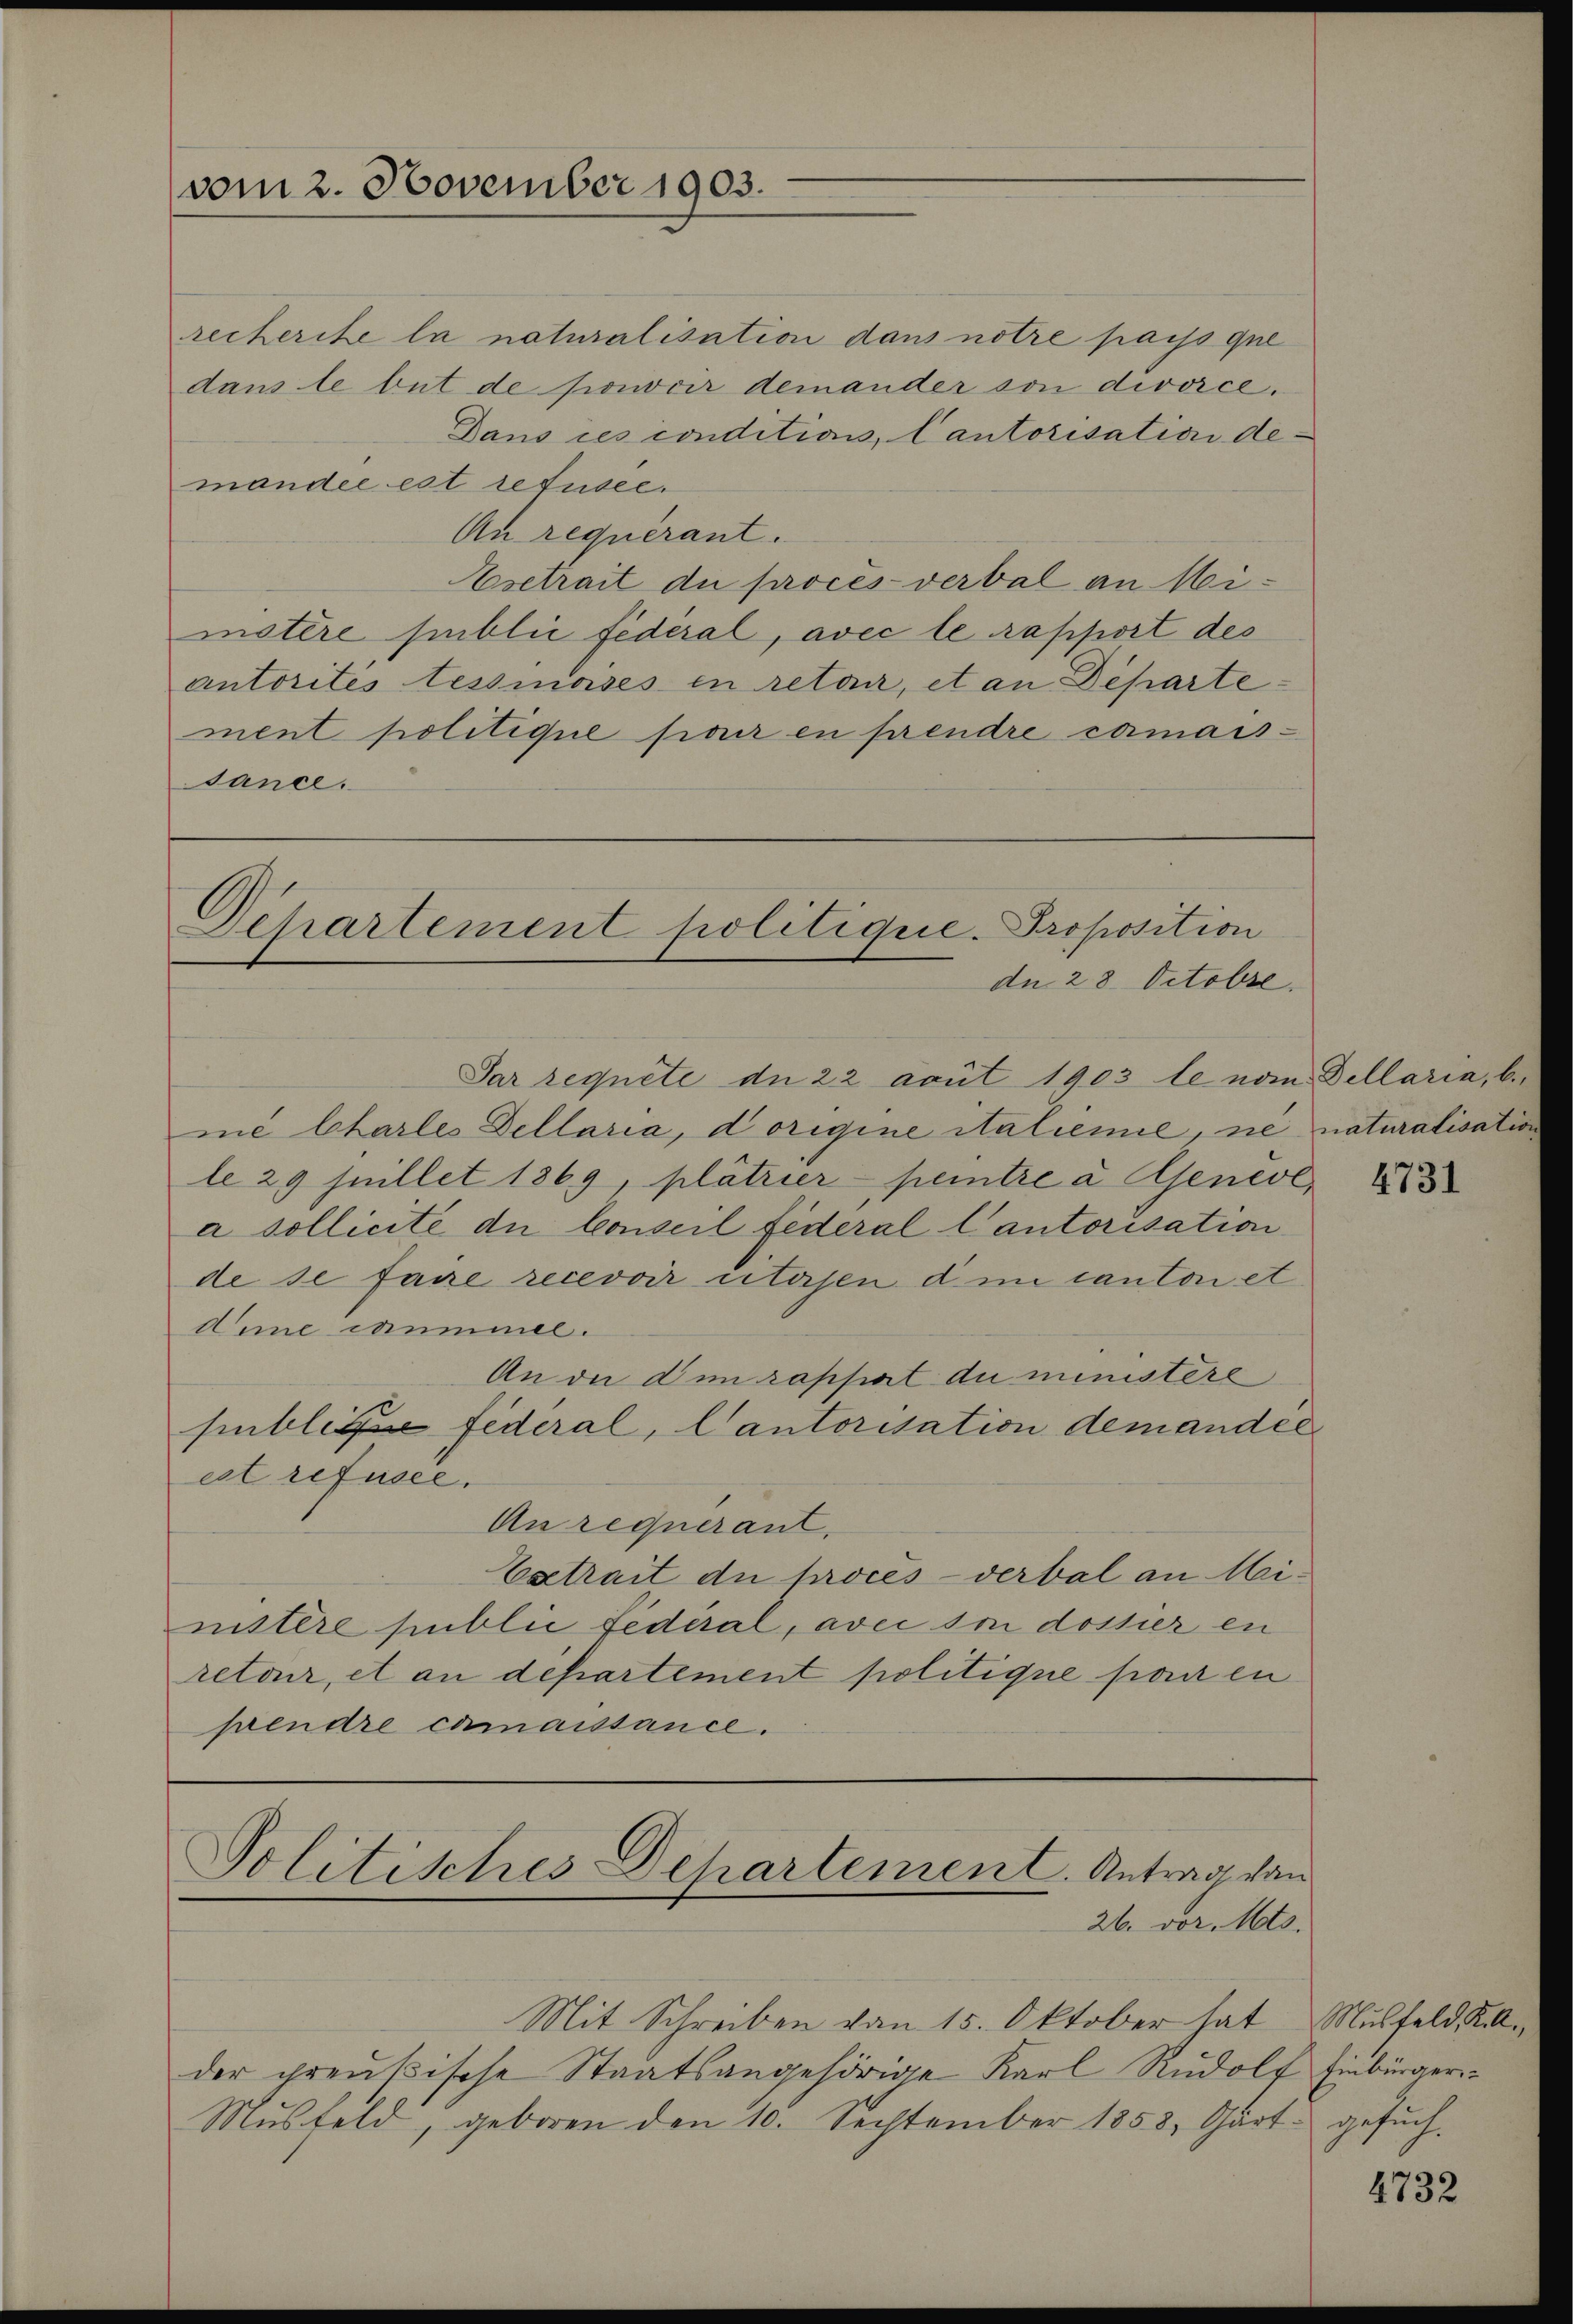
vom 2. November 1903.

recherite la naturalisation dans notre pays que
dans le but de pouvoir demander von divorce.
Dans ces conditions, Cantorisation de
mandée est refusee.
An requérant.
Asetrait die procès-verbal an Meimetere Einblic fédéral, avec le rapport des
autorités lessmoises in retair, et an Departement politique pour en prendre camaissance.

Departement politique. Proposition
dn 28 Octobre.

Par regnete de 22 avut 1903 le vom Dellaria, b
mie Charles Dellaria, dorigine italienie, ne naturalisation
le 29 Juillet 1869, plätrier pentre à Genève,
a sollicite die Conseil Federal Cantorisation
de se faire recevoir citersen d in canton et
Anne canmmel.
An die den rappiat du ministere
suble fédéral, Cantorisation demandie
est refuser.
An requerant,
Esetrait de procès-verbal an Ministère public fédéral, avec son dossier en
retour, et an departement politique paren
prendre camaissance.

Politisches Departement. Antrag von
26. vor. Mts.

Mit Schreiben von 15. Oktober hat Musfeld, K. A.
der preußische Staatsangehörige Karl Rŭdolf Einbürger-
Mŭsfeld, geboren den 10. September 1858, Gärt: gesŭch

4731

4732